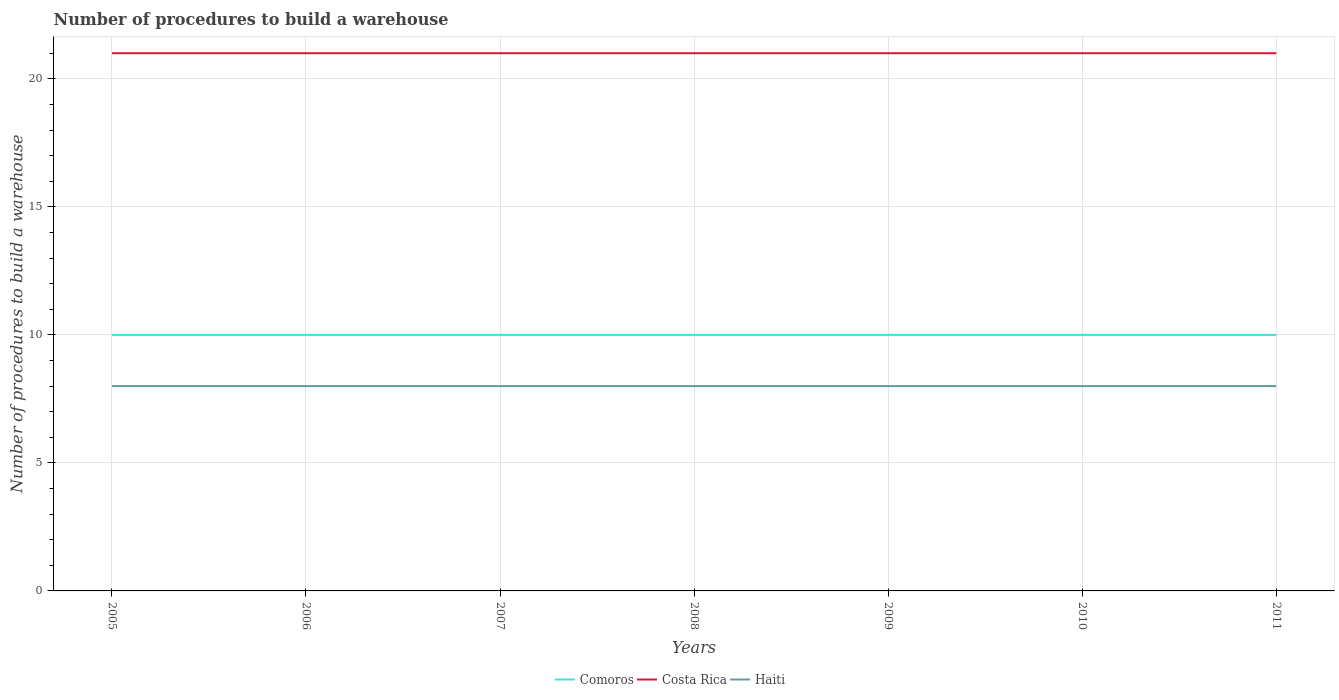
| Years | Comoros | Costa Rica | Haiti |
 | --- | --- | --- | --- |
 | 2005 | 10 | 21 | 8 |
 | 2006 | 10 | 21 | 8 |
 | 2007 | 10 | 21 | 8 |
 | 2008 | 10 | 21 | 8 |
 | 2009 | 10 | 21 | 8 |
 | 2010 | 10 | 21 | 8 |
 | 2011 | 10 | 21 | 8 |